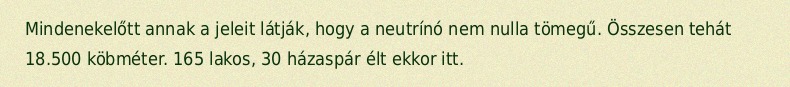
Mindenekelőtt annak a jeleit látják, hogy a neutrínó nem nulla tömegű. Összesen tehát 18.500 köbméter. 165 lakos, 30 házaspár élt ekkor itt.